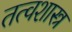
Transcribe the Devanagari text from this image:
तत्वशास्त्र